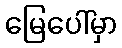
မြေပေါ်မှာ